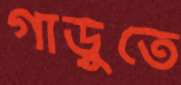
গাড়ুতে